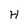
Character: H